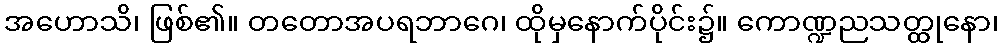
အဟောသိ၊ ဖြစ်၏။ တတောအပရဘာဂေ၊ ထိုမှနောက်ပိုင်း၌။ ကောဏ္ဍညသတ္ထုနော၊